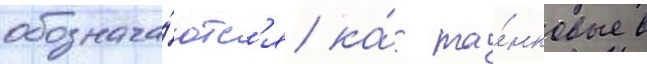
обознача́ютс'я ка́к та́нковые в